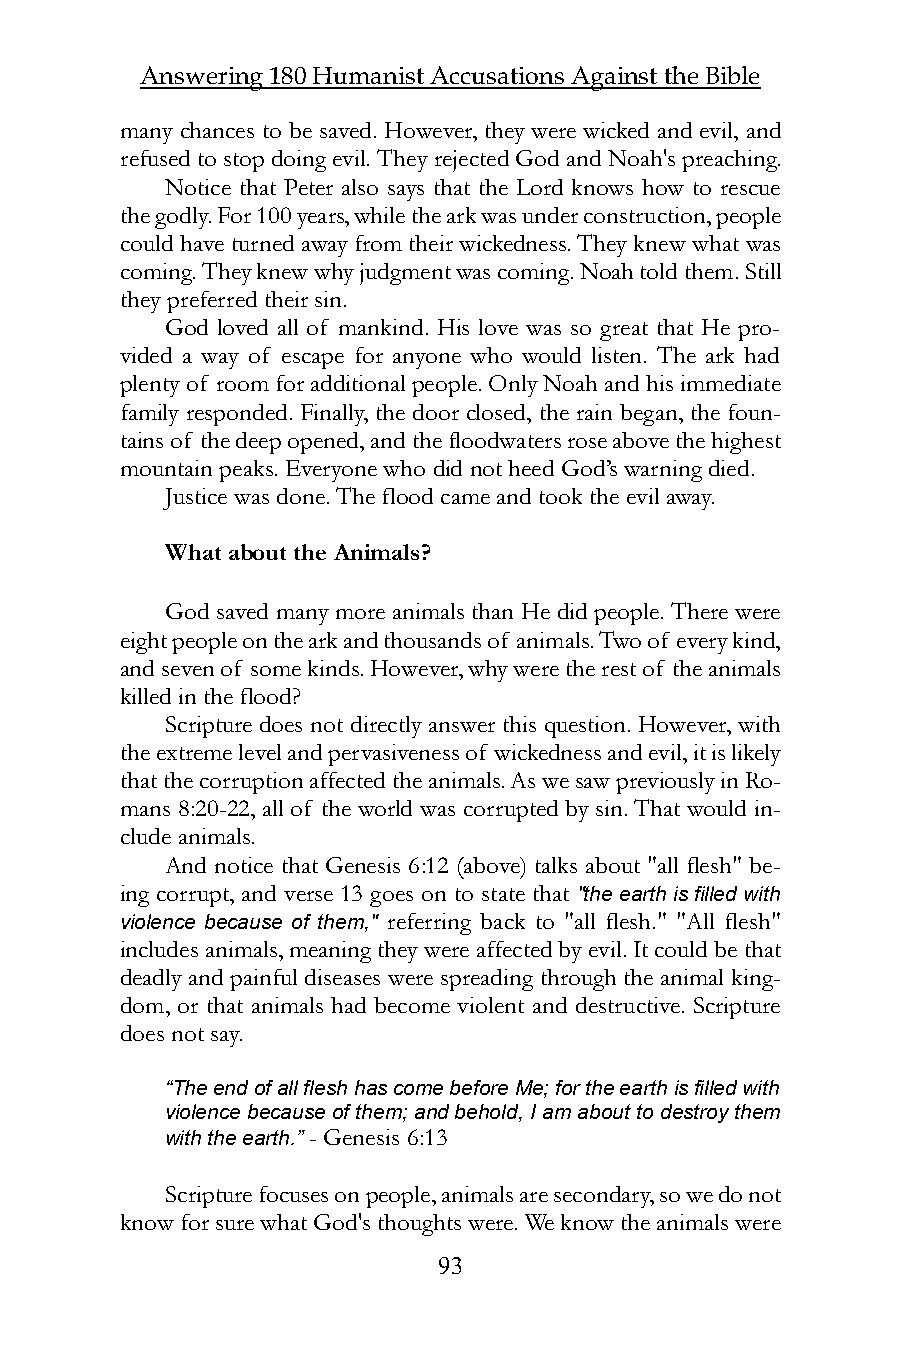
Answering 180 Humanist Accusations Against the Bible
 many chances to be saved. However, they were wicked and evil, and
 refused to stop doing evil. They rejected God and Noah's preaching.
 Notice that Peter also says that the Lord knows how to rescue
 the godly. For 100 years, while the ark was under construction, people
 could have turned away from their wickedness. They knew what was
 coming. They knew why judgment was coming. Noah told them. Still
 they preferred their sin.
 God loved all of mankind. His love was so great that He pro-
 vided a way of escape for anyone who would listen. The ark had
 plenty of room for additional people. Only Noah and his immediate
 family responded. Finally, the door closed, the rain began, the foun-
 tains of the deep opened, and the floodwaters rose above the highest
 mountain peaks. Everyone who did not heed God’s warning died.
 Justice was done. The flood came and took the evil away.
 What about the Animals?
 God saved many more animals than He did people. There were
 eight people on the ark and thousands of animals. Two of every kind,
 and seven of some kinds. However, why were the rest of the animals
 killed in the flood?
 Scripture does not directly answer this question. However, with
 the extreme level and pervasiveness of wickedness and evil, it is likely
 that the corruption affected the animals. As we saw previously in Ro-
 mans 8:20-22, all of the world was corrupted by sin. That would in-
 clude animals.
 And notice that Genesis 6:12 (above) talks about "all flesh" be-
 ing corrupt, and verse 13 goes on to state that "the earth is filled with
 violence because of them," referring back to "all flesh." "All flesh"
 includes animals, meaning they were affected by evil. It could be that
 deadly and painful diseases were spreading through the animal king-
 dom, or that animals had become violent and destructive. Scripture
 does not say.
 “The end of all flesh has come before Me; for the earth is filled with
 violence because of them; and behold, I am about to destroy them
 with the earth.” - Genesis 6:13
 Scripture focuses on people, animals are secondary, so we do not
 know for sure what God's thoughts were. We know the animals were
 93